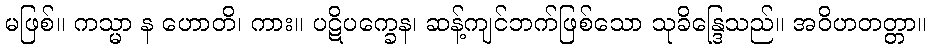
မဖြစ်။ ကသ္မာ န ဟောတိ၊ ကား။ ပဋိပက္ခေန၊ ဆန့်ကျင်ဘက်ဖြစ်သော သုခိန္ဒြေသည်။ အဝိဟတတ္တာ။